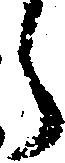
う